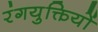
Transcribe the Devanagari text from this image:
रंगयुक्तियों